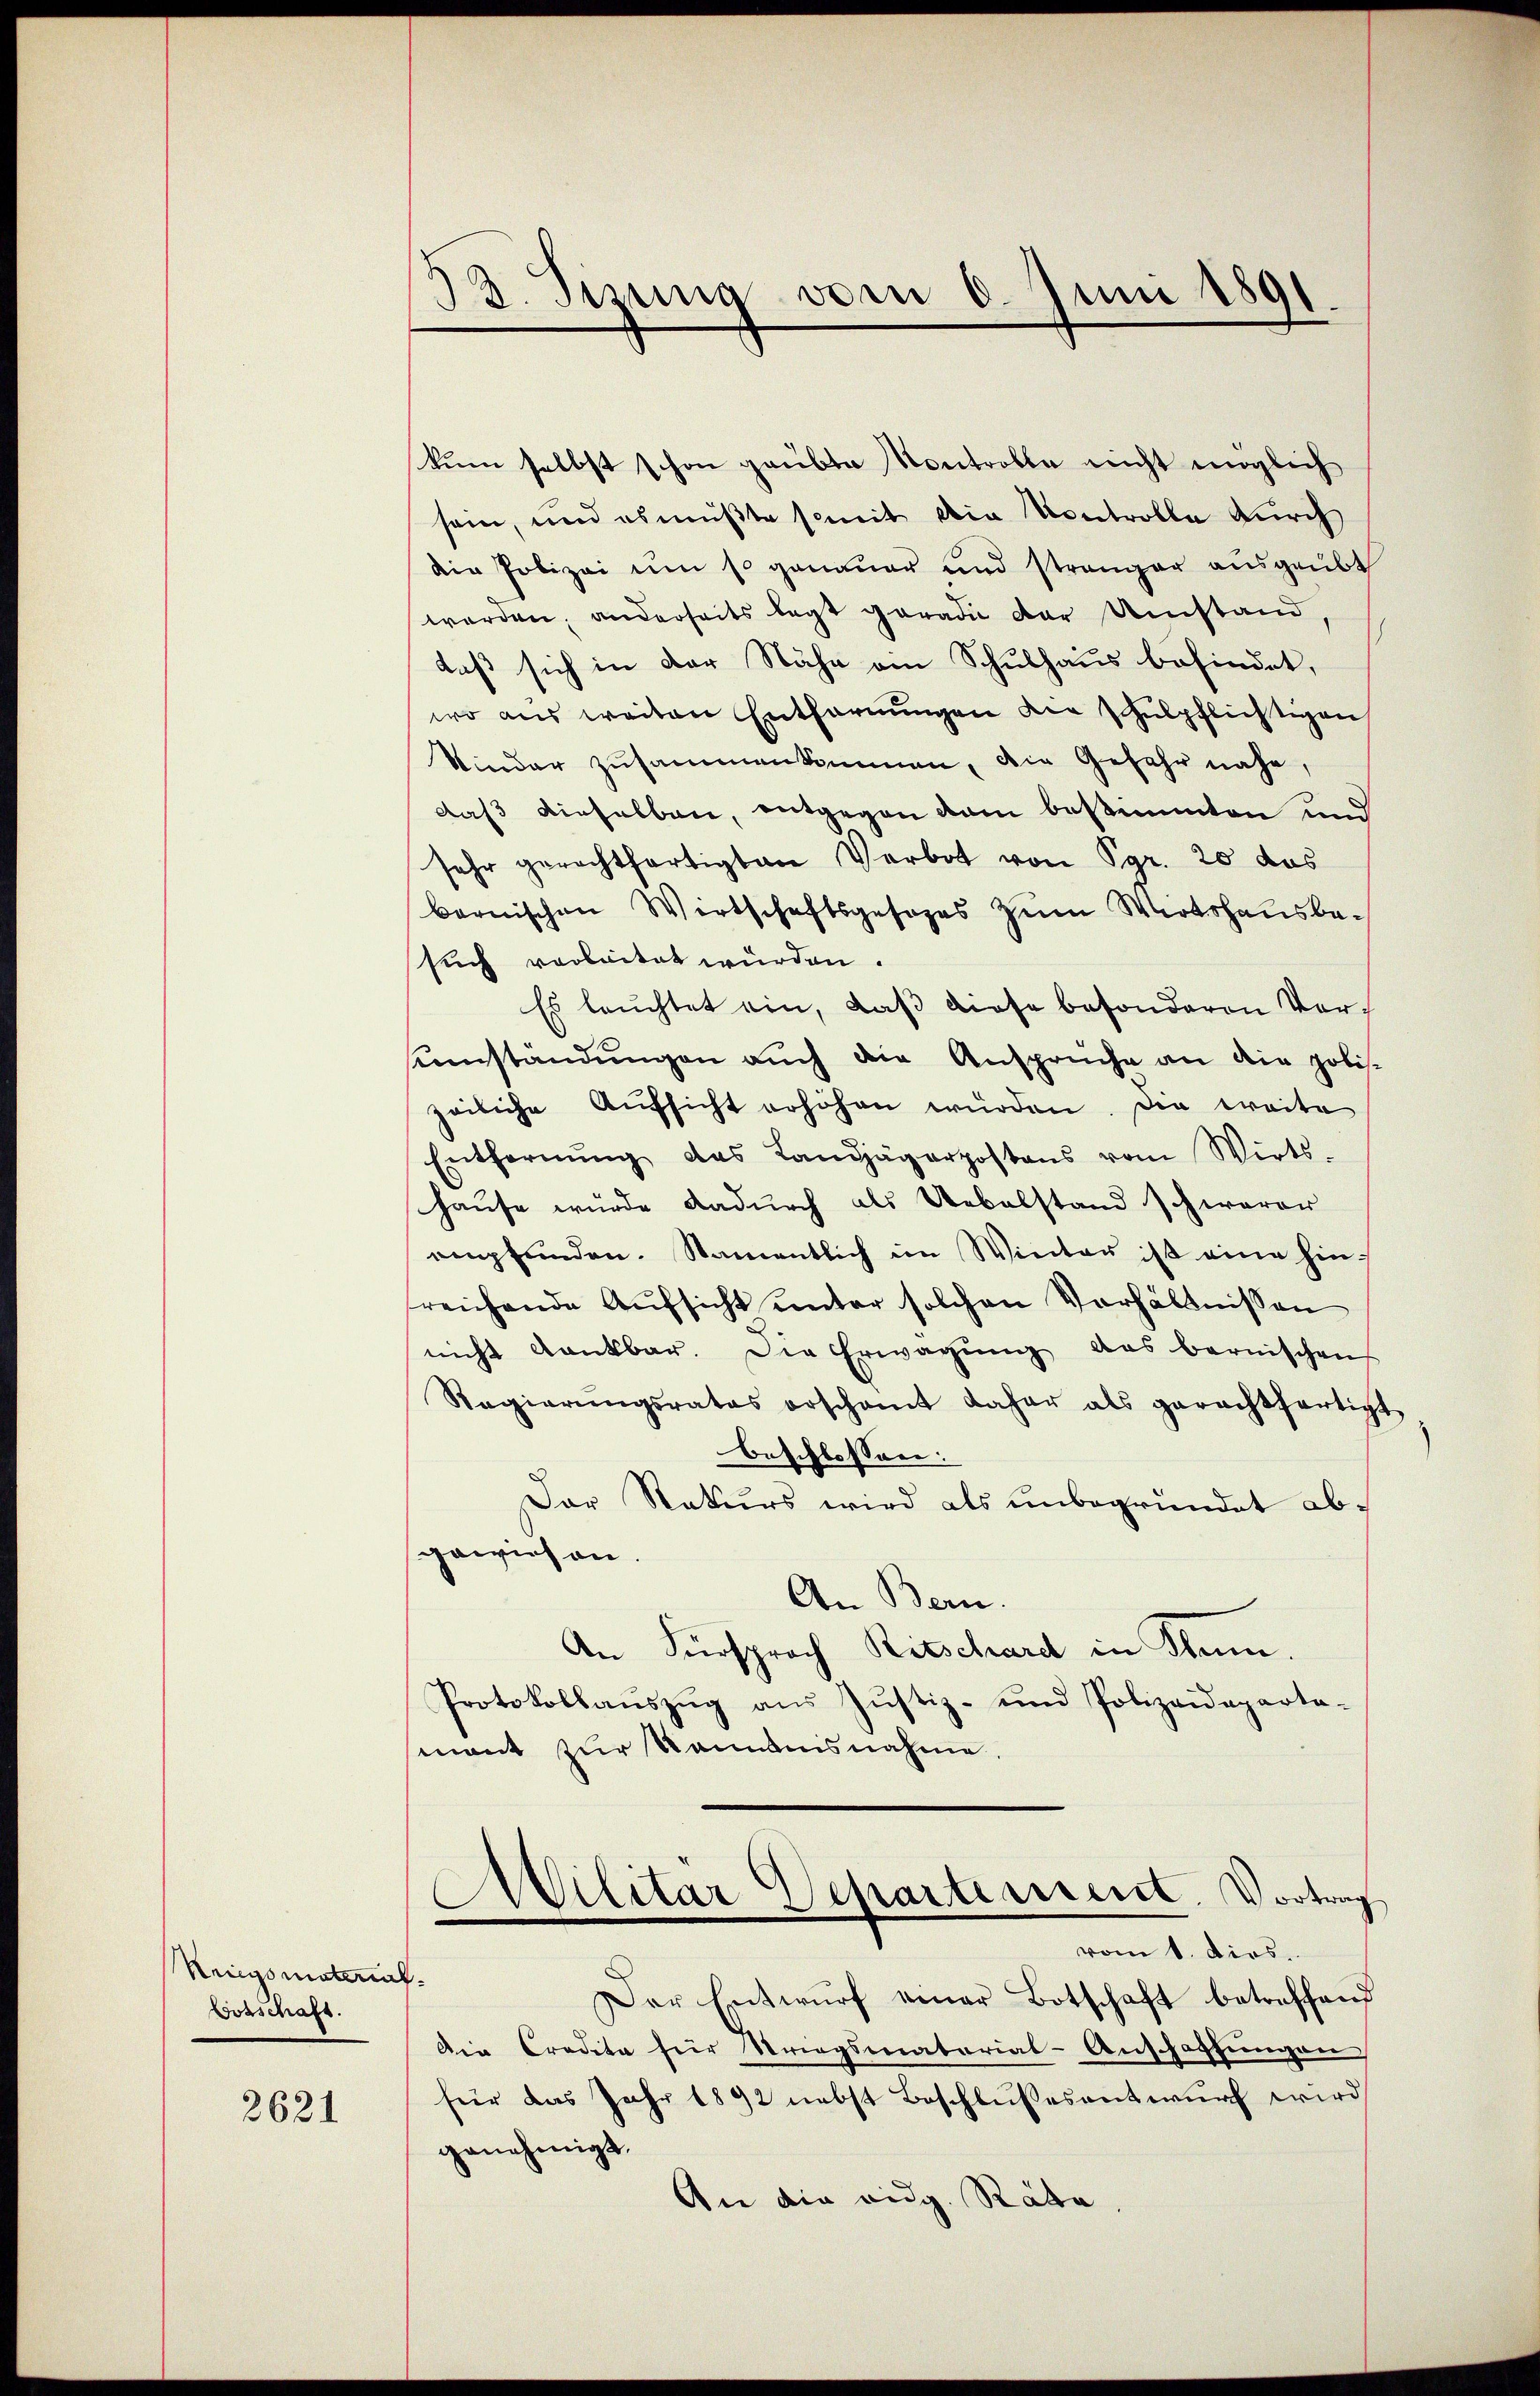
Kriegsmaternat.
Bosschaft.

2621

13. Sitzung vom 6. Juni 1891

kum selbst schon geübte Kontrolle nicht möglich
sein, und es mußte somit die Kontrolle durch
die Polizei um so genauer und strenger ausgeübt
werden, anderseits legt gerade der Umstand,
daß sich in der Nähe ein Schulhaus befindet,
wo aus weiten Entfernungen die schulpflichtigen
Kinder zusammenkommen, die Gefahr nahe,
daß dieselben, entgegen dem bestimmten und
sehr gerechtfertigten Verbot von Sgr. 20 das
bernischen Wirtschaftsgesezes zum Wirtshausbesuch vorbeitet wurden.
Es leuchtet ein, daß diese besonderen Verumständungen auch die Ansprüche an die poli-
zeiliche Aŭfsicht erhöhen würden. Die weite
Entfernŭng das Landjägerpostens vom Wirts-
hause wurde dadurch als Uebelstand schwerer
empfunden. Namentlich im Winter ist eine hinreichende Aufsicht unter solchen Verhältnissen
nicht dankbar. Die Erwägŭng das bernischen
Regierŭngsrates erschamt daher als gerachtfertigt,
beschlossen:
Der Rekurs wird als unbegründet abgewiesen.
An Bern.
An Fürsprach Ritschard in Klem.
Protokollaŭszŭg ans Justiz- und Polizeideparta-
mant zur Kenntnisnahme.
Wilitar Departement. Vortrag
.
vom 1. Dies.
Der Entwurf einer Botschaft betreffend
Die Credita für Striegsmatorial-Anschaffungen
für das Jahr 1892 nebst Beschlußesentwurf wird
genehmigt.
An die eidg. Rata